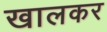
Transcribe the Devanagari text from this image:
खालकर